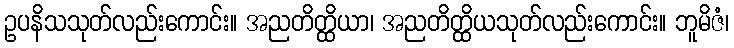
ဥပနိသသုတ်လည်းကောင်း။ အညတိတ္ထိယာ၊ အညတိတ္ထိယသုတ်လည်းကောင်း။ ဘူမိဇံ၊